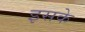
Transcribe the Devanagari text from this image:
इसके